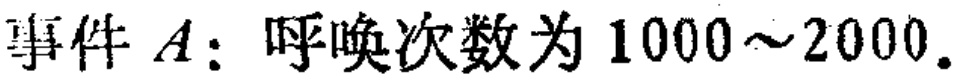
事件 \(A\)：呼唤次数为 \(1000\sim2000\)。